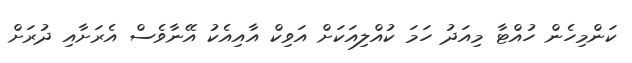
ކަންމިހެން ހުއްޓާ މިއަދު ހަމަ ކުއްލިއަކަށް އަވިކް އާއިއެކު އޭނާވެސް އެރަށާއި ދުރަށް